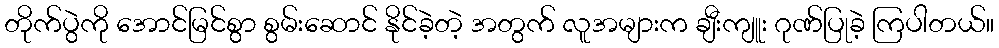
တိုက်ပွဲကို အောင်မြင်စွာ စွမ်းဆောင် နိုင်ခဲ့တဲ့ အတွက် လူအများက ချီးကျူး ဂုဏ်ပြုခဲ့ ကြပါတယ်။